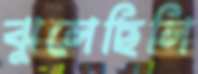
ঝুলেছিলি